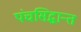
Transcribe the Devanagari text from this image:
पंचसिद्धान्त